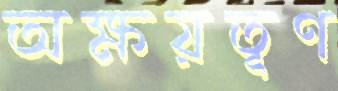
অক্ষয়তূণ